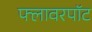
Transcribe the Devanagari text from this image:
फ्लावरपॉट